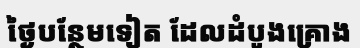
ថ្ងៃបន្ថែមទៀត ដែលដំបូងគ្រោង